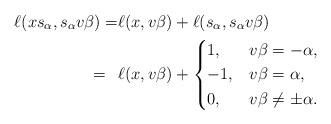
LaTeX: \begin{align*}\ell(xs_\alpha, s_\alpha v\beta) =&\ell(x,v\beta) + \ell(s_\alpha,s_\alpha v\beta)\\=~\,&\ell(x,v\beta)+\begin{cases}1,&v\beta = -\alpha,\\-1,&v\beta=\alpha,\\0,&v\beta\neq \pm \alpha.\end{cases}\end{align*}